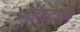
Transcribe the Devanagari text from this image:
अर्नस्टकी